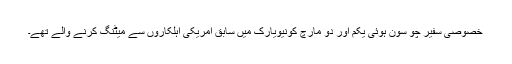
خصوصی سفیر چو سون ہوئی یکم اور دو مارچ کونیویارک میں سابق امریکی اہلکاروں سے میٹنگ کرنے والے تھے۔